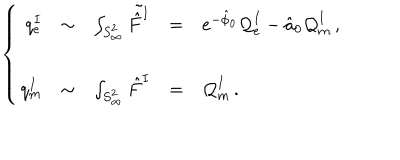
\left\{ \begin{array} { r c l c l } { { q _ { e } ^ { I } } } & { { \sim } } & { { \int _ { S _ { \infty } ^ { 2 } } \tilde { \hat { F } ^ { I } } } } & { { = } } & { { e ^ { - \hat { \phi } _ { 0 } } { \cal Q } _ { e } ^ { I } - \hat { a } _ { 0 } { \cal Q } _ { m } ^ { I } \, , } } \\ { { } } & { { } } & { { } } \\ { { q _ { m } ^ { I } } } & { { \sim } } & { { \int _ { S _ { \infty } ^ { 2 } } \hat { F } ^ { I } } } & { { = } } & { { { \cal Q } _ { m } ^ { I } \, . } } \\ \end{array} \right.